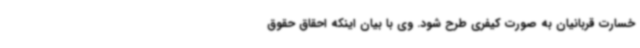
خسارت قربانیان به صورت کیفری طرح شود. وی با بیان اینکه احقاق حقوق